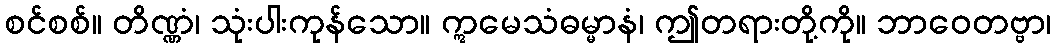
စင်စစ်။ တိဏ္ဏံ၊ သုံးပါးကုန်သော။ ဣမေသံဓမ္မာနံ၊ ဤတရားတို့ကို။ ဘာဝေတဗ္ဗာ၊